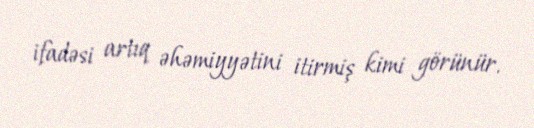
ifadəsi artıq əhəmiyyətini itirmiş kimi görünür.